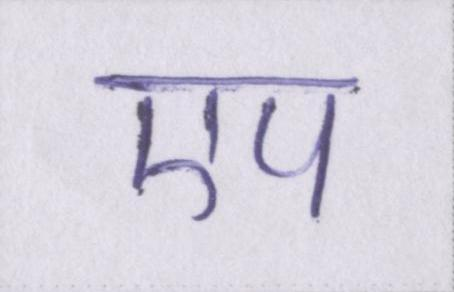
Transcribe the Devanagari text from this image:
एप